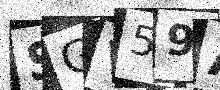
Text: SGV59A